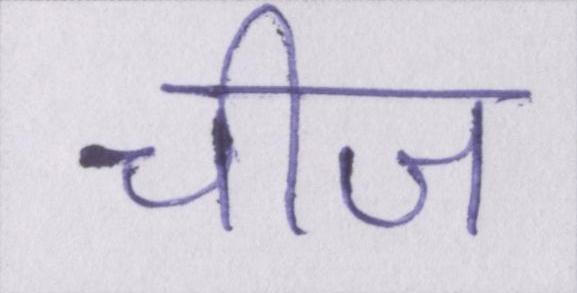
चीज